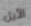
الأيل